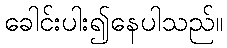
ခေါင်းပါး၍နေပါသည်။